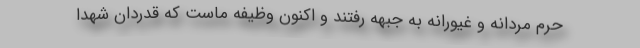
حرم مردانه و غیورانه به جبهه رفتند و اکنون وظیفه ماست که قدردان شهدا